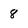
Character: 8